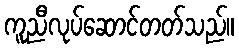
ကူညီလုပ်ဆောင်တတ်သည်။